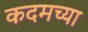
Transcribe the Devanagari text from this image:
कदमच्या